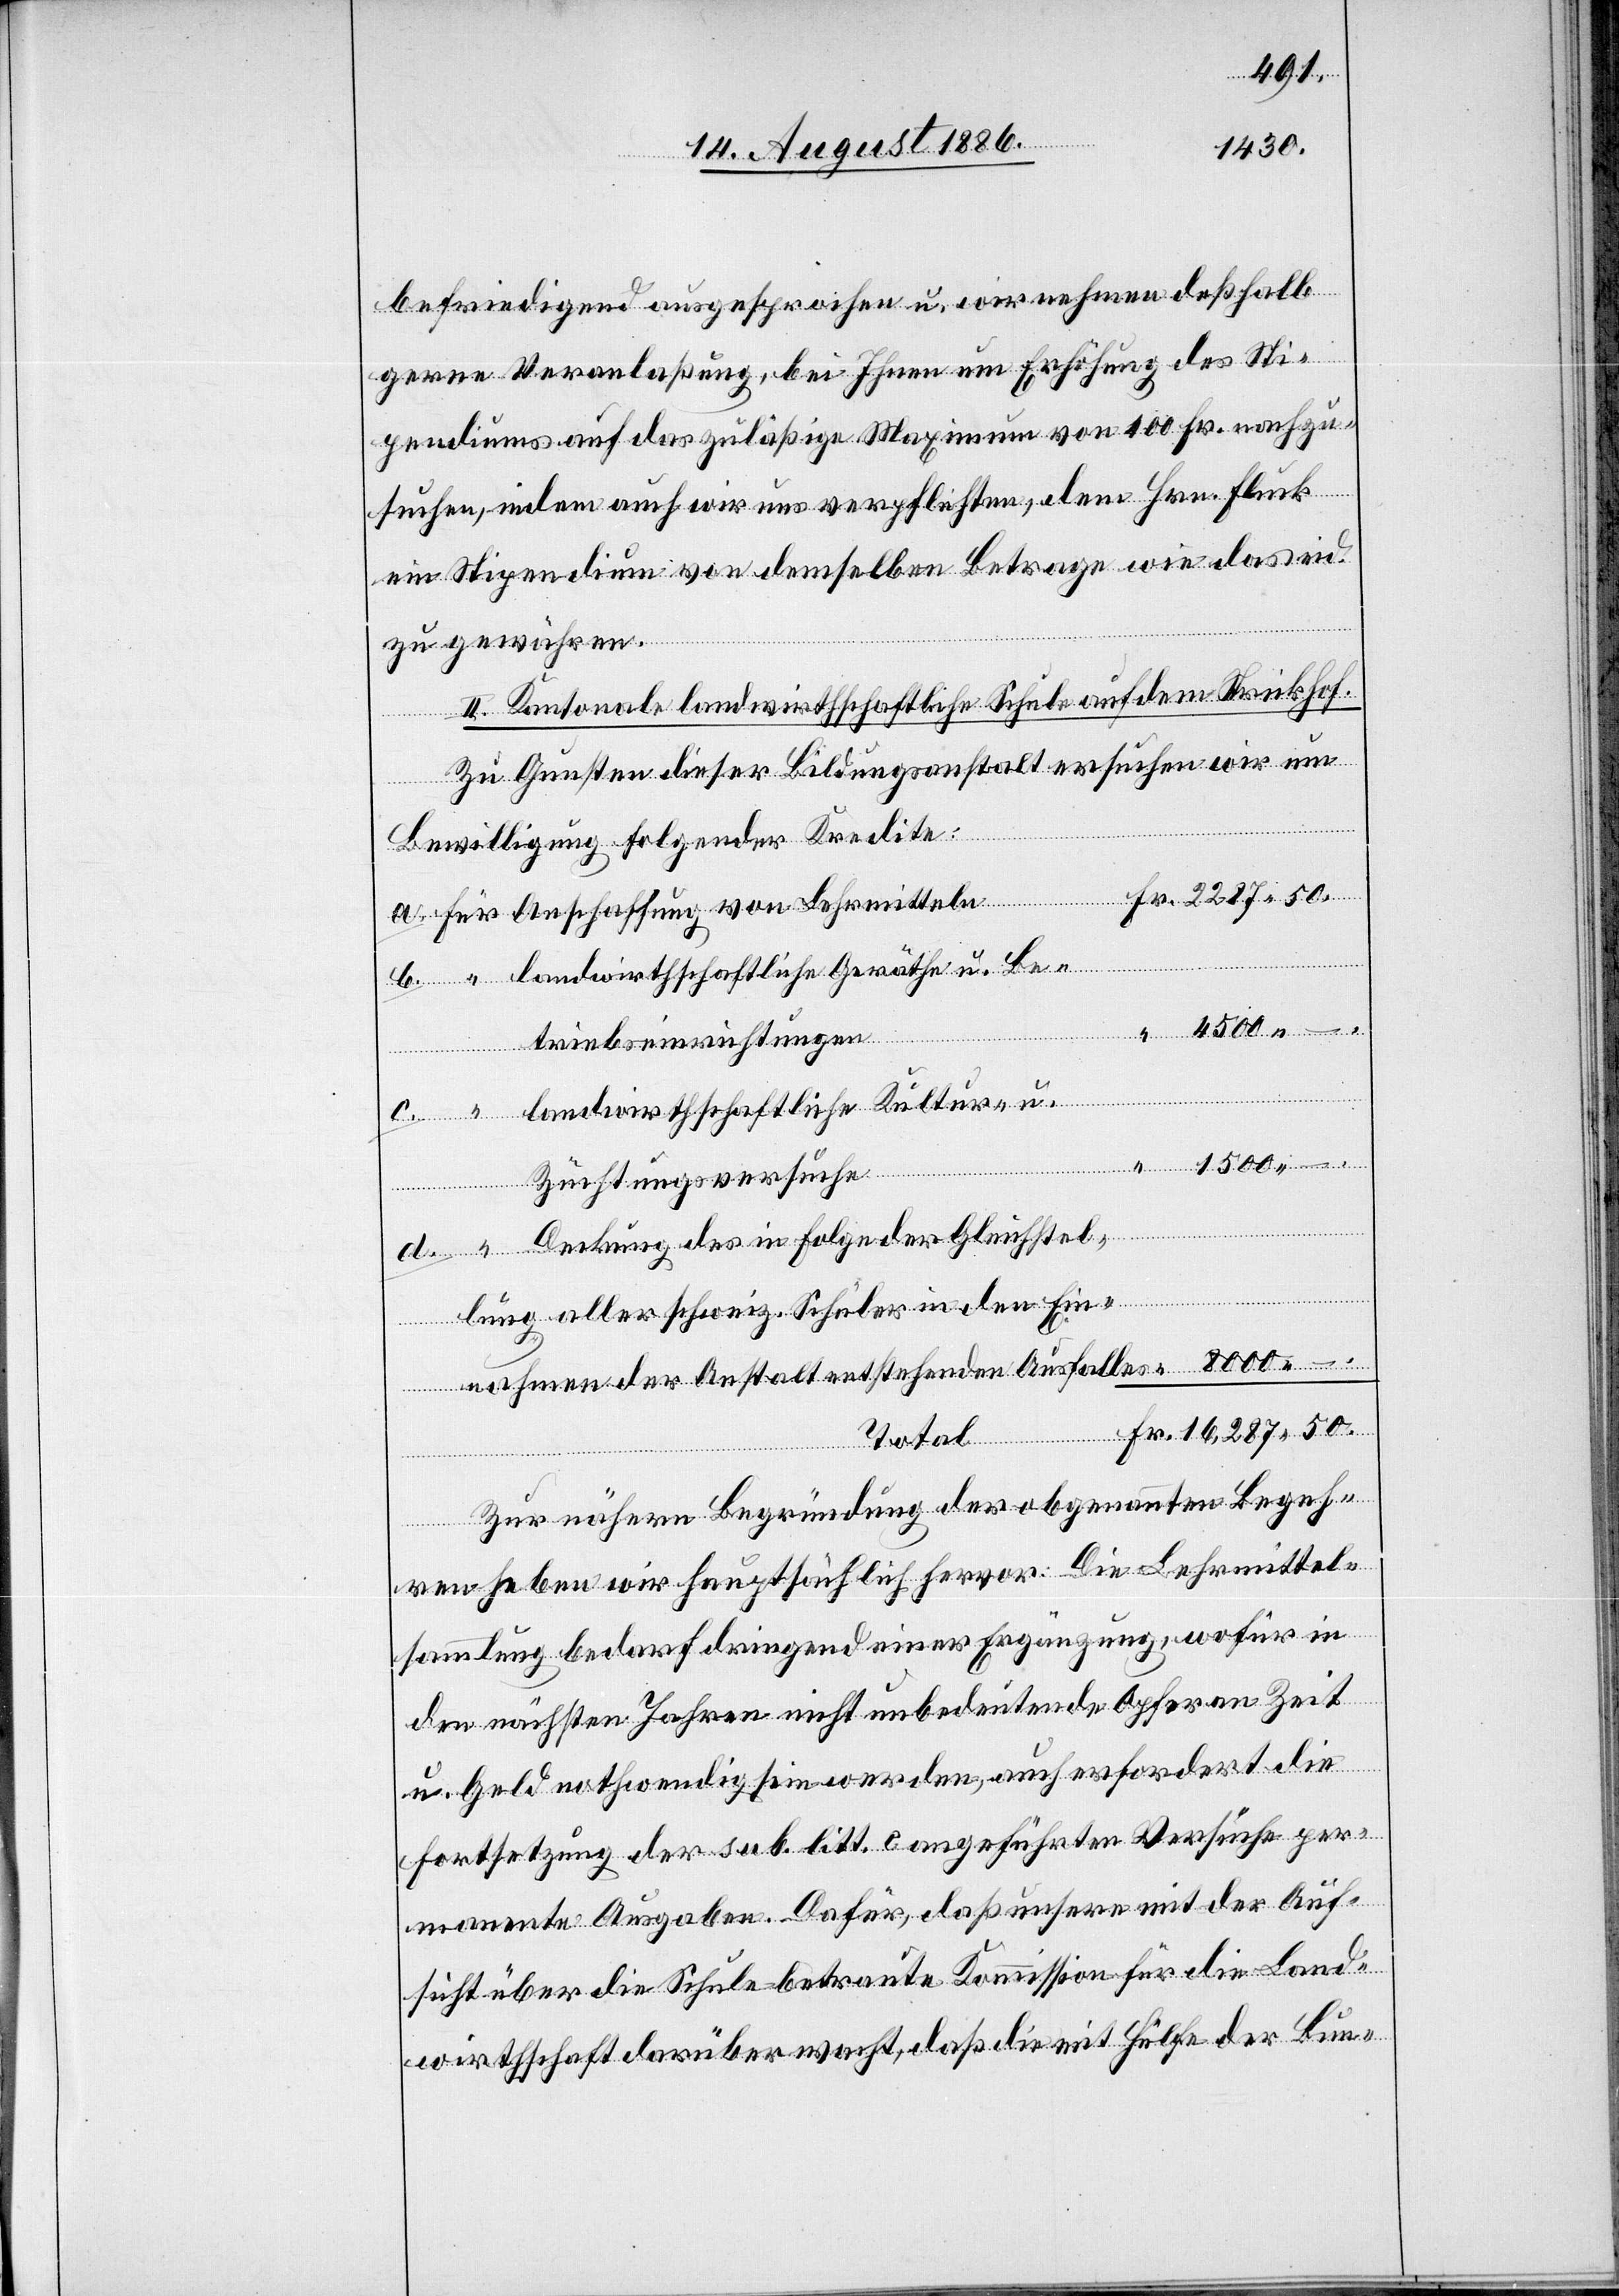
befriedigend ausgesprochen u. wir nehmen deßhalb
gerne Veranlaßung, bei Ihnen um Erhöhung des Sti¬
pendiums auf das zuläßige Maximum von 400 Fr. nachzu¬
suchen, indem auch wir uns verpflichten, dem Hrn. Fluck
ein Stipendium von demselben Betrage wie das eid.
zu gewähren.
II. Kantonale landwirthschaftliche Schule auf dem Strickhof.
Zu Gunsten dieser Bildungsanstalt ersuchen wir um
Bewilligung folgender Kredite:
landwirthschaftliche Geräthe u. Be¬
triebseinrichtungen
landwirthschaftliche Kultur- u.
Lehrmitteln
Züchtungsversuche
Deckung des in Folge der Gleichstel¬
lung aller schweiz. Schüler in den Ein¬
nahmen der Anstalt entstehenden Ausfalles
Total
50.
Zur nähern Begründung der obgenannten Begeh¬
ren heben wir hauptsächlich hervor: Die Lehrmittel¬
sammlung bedarf dringend einer Ergänzung, wofür in
den nächsten Jahren nicht unbedeutende Opfer an Zeit
u. Geld nothwendig werden, auch erfordert die
Fortsetzung der sub. litt. c angeführten Versuche per¬
manente Ausgaben. Dafür, daß unsere mit der Auf¬
sicht über die Schule betraute Kommission für die Land¬
wirthschaft darüber wacht, daß die mit Hülfe der Bun-